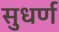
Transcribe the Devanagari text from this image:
सुधर्ण